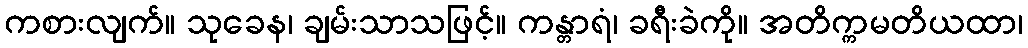
ကစားလျက်။ သုခေန၊ ချမ်းသာသဖြင့်။ ကန္တာရံ၊ ခရီးခဲကို။ အတိက္ကမတိယထာ၊